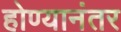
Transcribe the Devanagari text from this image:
होण्यानंतर